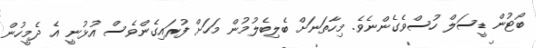
ބޯޓުން ޑީސަލް ހުސްވެގެންނެވެ. މިހާތަނަށް ބެލިބެލުމުން މަހަށް ފުރައިގެންވެސް އުޅުނީ އެ ދެމީހުން